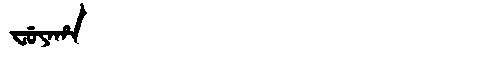
Manchu: ᠸᡠᠶᠠᡥᠠ
Romanization: FUYAHA